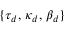
\{ \tau _ { d } , \, \kappa _ { d } , \, \beta _ { d } \}